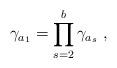
LaTeX: \begin{align*} \gamma_{a_1}=\prod_{s=2}^{b} \gamma_{a_s}~,\end{align*}